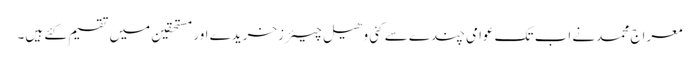
معراج محمدنے اب تک عوامی چندے سے کئی وھیل چیئرزخریدے اور مستحقین میں تقسیم کئے ہیں۔